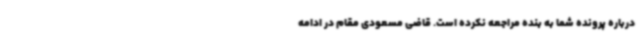
درباره پرونده شما به بنده مراجعه نکرده است. قاضی مسعودی مقام در ادامه